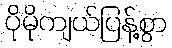
ပိုမိုကျယ်ပြန့်စွာ